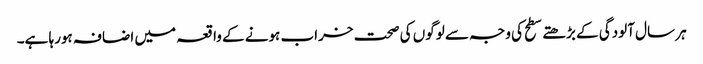
ہر سال آلودگی کے بڑھتے سطح کی وجہ سے لوگوں کی صحت خراب ہونے کے واقعہ میں اضافہ ہورہا ہے۔